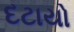
દટાયો